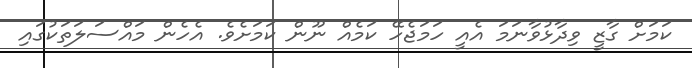
ކަމަށް ގާޒީ ވިދާޅުވާނަމަ އެއީ ހަމަޖެހޭ ކަމެއް ނޫން ކަމަށެވެ. އެހެން މައްސަލަތަކުގައި